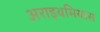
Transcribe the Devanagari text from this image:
अराइथमियास